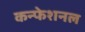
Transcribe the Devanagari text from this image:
कन्फेशनल